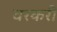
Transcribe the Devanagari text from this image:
वरकरी